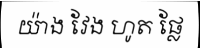
យ៉ាង វែង ហូត ផ្លែ